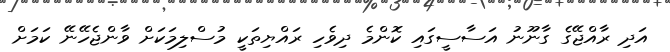
އަދި ރާއްޖޭގެ ގާނޫނު އަސާސީގައި ކޮންމެ ދިވެހި ރައްޔިތަކީ މުސްލިމަކަށް ވާންޖެހޭނޭ ކަމަށް